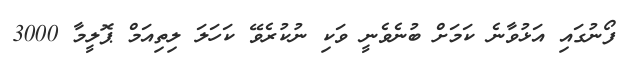
ފޯނުގައި އަޅުވާނެ ކަމަށް ބުނެވެނީ ވަކި ނުކުރެވޭ ކަހަލަ ލިތިއަމް ޕޮލީމާ 3000